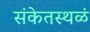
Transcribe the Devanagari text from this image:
संकेतस्थळं